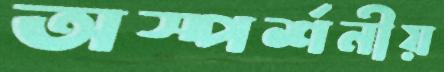
অস্পর্শনীয়